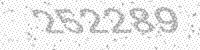
Solution: 252289